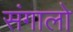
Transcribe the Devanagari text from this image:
संगालो